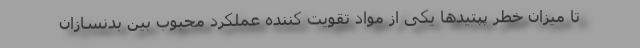
تا میزان خطر پپتیدها یکی از مواد تقویت کننده عملکرد محبوب بین بدنسازان